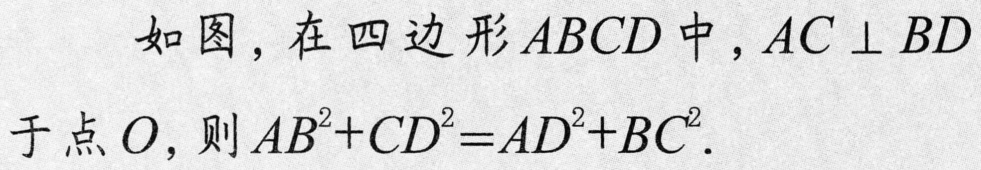
如图，在四边形\(ABCD\)中，\(AC\perp BD\)于点\(O\)，则\(AB^{2}+CD^{2}=AD^{2}+BC^{2}\)．